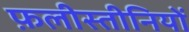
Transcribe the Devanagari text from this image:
फ़लीस्तीनियों